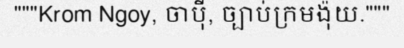
"""Krom Ngoy, ចាប៉ី, ច្បាប់ក្រមង៉ុយ."""